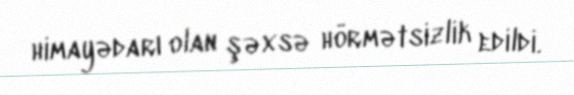
himayədarı olan şəxsə hörmətsizlik edildi.